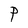
Character: P